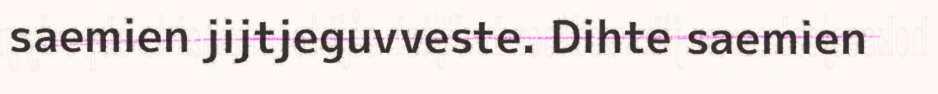
saemien jijtjeguvveste. Dihte saemien